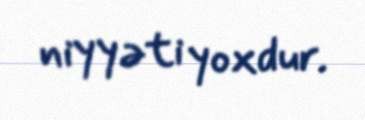
niyyəti yoxdur.